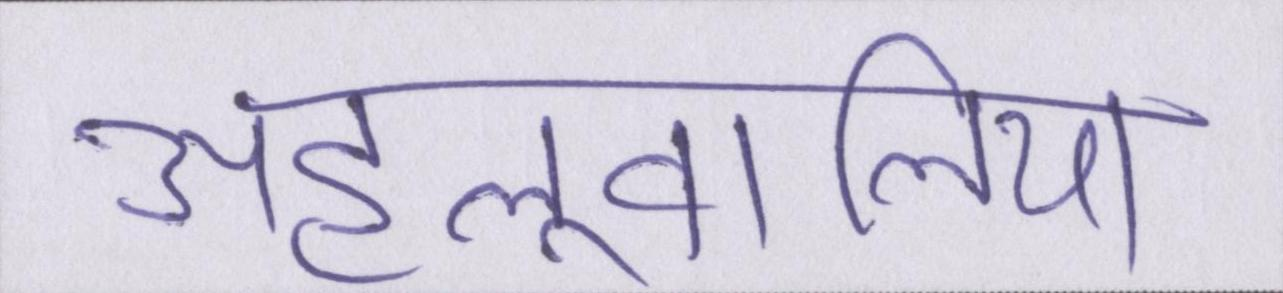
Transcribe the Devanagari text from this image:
अहलूवालिया